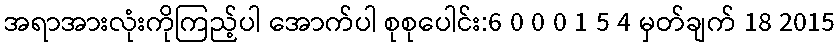
အရာအားလုံးကိုကြည့်ပါ အောက်ပါ စုစုပေါင်း:6 0 0 0 1 5 4 မှတ်ချက် 18 2015